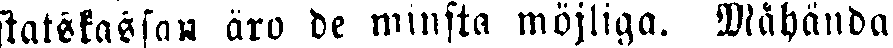
statskassan äro de minska möjliga. Måhända